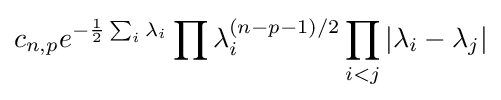
c_{n,p}e^{-{\frac {1}{2}}\sum _{i}\lambda _{i}}\prod \lambda _{i}^{(n-p-1)/2}\prod _{i<j}|\lambda _{i}-\lambda _{j}|